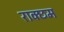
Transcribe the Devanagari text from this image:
राक्छम